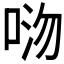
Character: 𫪏